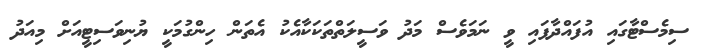
ސިމެސްޓާގައި އުފައްދާފައި ވީ ނަމަވެސް މަދު ވަސީލަތްތަކަކާއެކު އެތަން ހިންގުމަކީ ޔުނިވަސިޓީއަށް މިއަދު